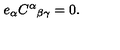
e _ { \alpha } C ^ { \alpha } { } _ { \beta \gamma } = 0 .